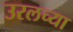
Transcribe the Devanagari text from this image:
उरलच्या